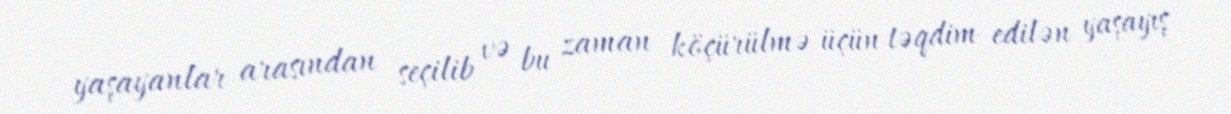
yaşayanlar arasından seçilib və bu zaman köçürülmə üçün təqdim edilən yaşayış